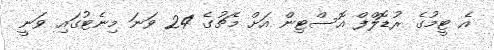
އެ ޓީމުގެ ރުޑޮލްފް އޮސްޓިން އަށް މެޗުގެ 24 ވަނަ މިނެޓުގައި ވަނީ